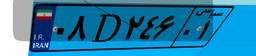
۵۴D۵۶۹۱۵